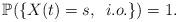
LaTeX: \begin{align*} \mathbb{P} ( \{ X(t ) =s, \,\,\, i.o.\} ) =1 .\end{align*}